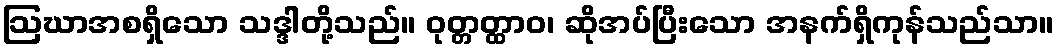
ဩဃာအစရှိသော သဒ္ဒါတို့သည်။ ဝုတ္တတ္ထာဝ၊ ဆိုအပ်ပြီးသော အနက်ရှိကုန်သည်သာ။